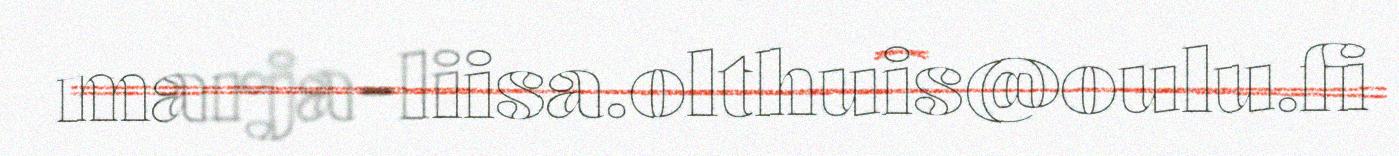
marja-liisa.olthuis@oulu.fi